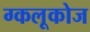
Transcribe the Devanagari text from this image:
ग्कलूकोज